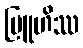
ဗြူဟိဿ